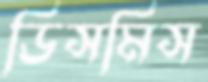
ডিসমিস